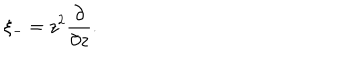
LaTeX: \xi _ { - } = z ^ { 2 } \frac { \partial } { \partial z } .